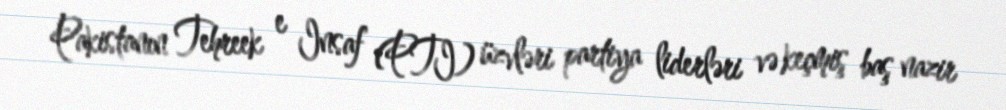
Pakistanın Tehreek e Insaf (PTI) üzvləri partiya liderləri və keçmiş baş nazir